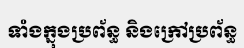
ទាំងក្នុងប្រព័ន្ធ និងក្រៅប្រព័ន្ធ